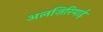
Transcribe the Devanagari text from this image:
अलज़िरियाई